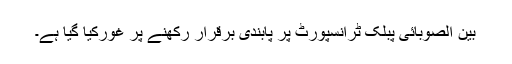
بین الصوبائی پبلک ٹرانسپورٹ پر پابندی برقرار رکھنے پر غورکیا گیا ہے۔